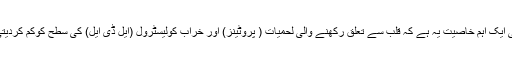
اس کی ایک اہم خاصیت یہ ہے کہ قلب سے تعلق رکھنے والی لحمیات ( پروٹینز) اور خراب کولیسٹرول (ایل ڈی ایل) کی سطح کوکم کردیتی ہے۔